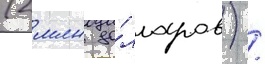
(2 млн до́лларов) /